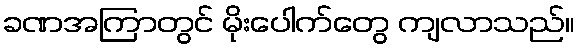
ခဏအကြာတွင် မိုးပေါက်တွေ ကျလာသည်။